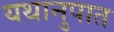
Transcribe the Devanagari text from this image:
यथानुपात